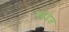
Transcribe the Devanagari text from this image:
कोंढेज